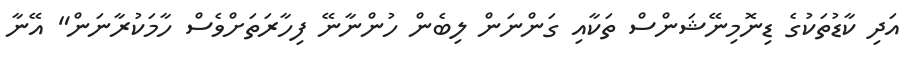
އަދި ކާޑުތަކުގެ ޑިނޮމިނޭޝަންސް ތަކާއި ގަންނަން ލިބެން ހުންނާނޭ ފިހާރަތަށްވެސް ހާމަކުރާނަން" އޭނާ